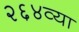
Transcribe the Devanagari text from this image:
२६४व्या